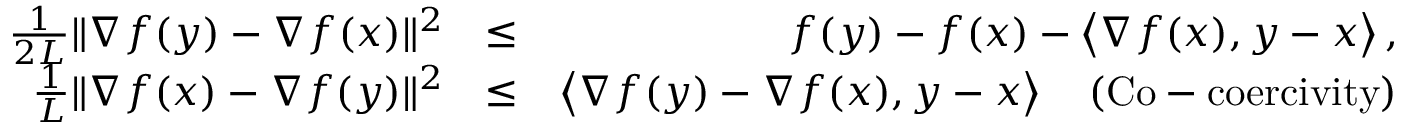
\begin{array} { r l r } { \frac { 1 } { 2 L } \lVert \nabla f ( y ) - \nabla f ( x ) \rVert ^ { 2 } } & { \leq } & { f ( y ) - f ( x ) - \left< \nabla f ( x ) , y - x \right> , } \\ { \frac { 1 } { L } \lVert \nabla f ( x ) - \nabla f ( y ) \rVert ^ { 2 } } & { \leq } & { \left< \nabla f ( y ) - \nabla f ( x ) , y - x \right> \quad ( \mathrm { C o - c o e r c i v i t y } ) } \end{array}